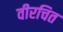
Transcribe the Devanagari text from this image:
वीरचित